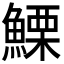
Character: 𩺤